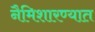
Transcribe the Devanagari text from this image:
नैमिशारण्यात